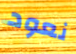
نعود